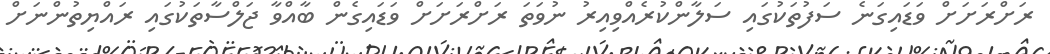
ރަށްރަށަށް ވަޑައިގަނެ ސަފުތަކުގައި ސަލާންކުރެއްވިއިރު ނުވަތަ ރަށްރަށަށް ވަޑައިގެން ބާއްވާ ޖަލްސާތަކުގައި ރައްޔިތުންނަށް